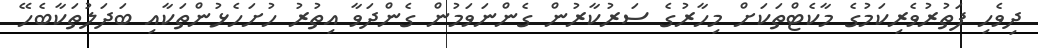
ދިވެހި ފަތުރުވެރިކަމުގެ މާކެޓްތަކަށް މިހާރުގެ ސަރުކާރުން ގެންނަވަމުން ގެންދަވާ އިތުރު ހުށަހެޅުންތަކާއި ބަދަލުތަކާބެހޭ